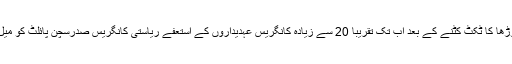
سروہی سے سینم لوڑھا کا ٹکٹ کٹنے کے بعد اب تک تقریباً 20 سے زیادہ کانگریس عہدیداروں کے استعفے ریاستی کانگریس صدرسچن پائلٹ کو میل کئے جاچکے ہیں۔